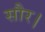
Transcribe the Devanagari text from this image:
सौर।